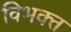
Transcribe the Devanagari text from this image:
विभक्‍त